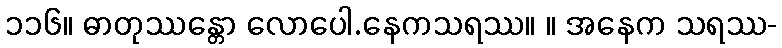
၁၁၆။ ဓာတုဿန္တော လောပေါ.နေကသရဿ။ ။ အနေက သရဿ-